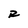
Character: R